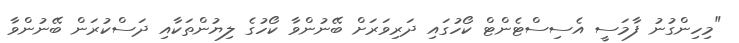
"މިހިންގުނު ފާމަސީ އެސިސްޓެންޓް ކޯހުގައި ދަރިވަރަށް ބޭނުންވާ ކޯހުގެ ލިޔުންތަކާއި ދަސްކުރަން ބޭނުންވާ